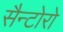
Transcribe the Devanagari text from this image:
सैन्टोरो